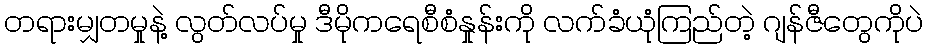
တရားမျှတမှုနဲ့ လွတ်လပ်မှု ဒီမိုကရေစီစံနှုန်းကို လက်ခံယုံကြည်တဲ့ ဂျန်ဇီတွေကိုပဲ